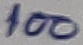
Text: 100